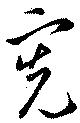
寛